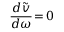
\frac { d \widetilde { v } } { d \omega } \! = \! 0